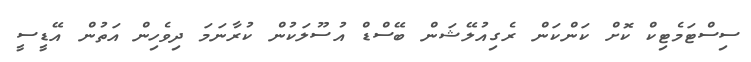
ސިސްޓަމެޓިކް ކޮށް ކަންކަން ރެގިއުލޭޝަން ބޭސްޑް އުސޫލަކުން ކުރާނަމަ ދިވެހިން އަތުން އޭޑީސީ